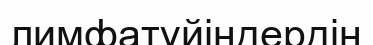
лимфатүйіндердің